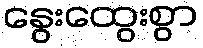
နွေးထွေးစွာ